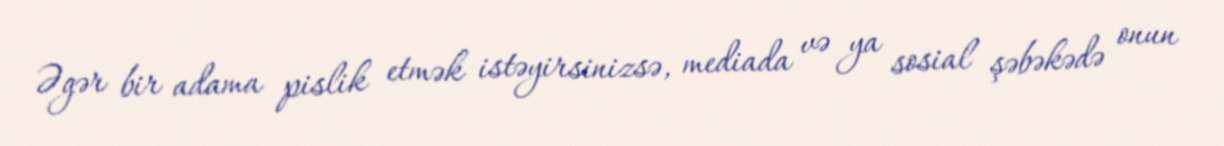
Əgər bir adama pislik etmək istəyirsinizsə, mediada və ya sosial şəbəkədə onun